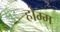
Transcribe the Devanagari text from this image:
होम्म